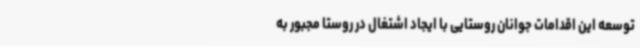
توسعه این اقدامات جوانان روستایی با ایجاد اشتغال در روستا مجبور به